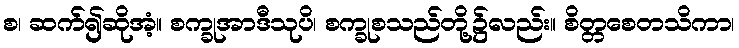
စ၊ ဆက်၍ဆိုအံ့။ စက္ခုအာဒီသုပိ၊ စက္ခုစသည်တို့၌လည်း။ စိတ္တစေတသိကာ၊